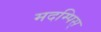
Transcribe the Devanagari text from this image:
मदम्पिस्